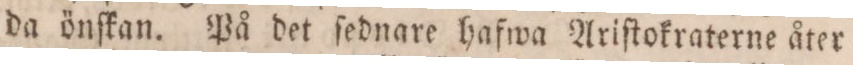
da önſkan. På det ſednare hafwa Ariſtokraterne åter